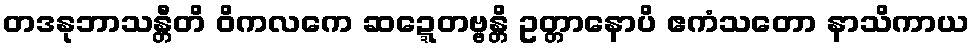
တဒနုဘာသန္တီတိ ဝိကလကေ ဆဍ္ဍေတဗ္ဗန္တိ ဥတ္တာနောပိ ဧကံသတော နာသိကာယ